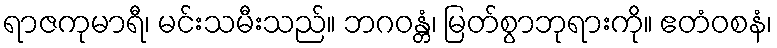
ရာဇကုမာရီ၊ မင်းသမီးသည်။ ဘဂဝန္တံ၊ မြတ်စွာဘုရားကို။ ဧတံဝစနံ၊